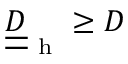
\underline { { \underline { { D } } } } _ { \mathrm { ~ h ~ } } \geq D